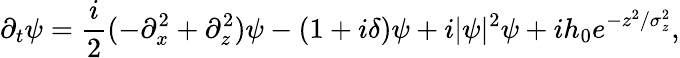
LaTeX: \partial_{t}\psi=\frac{i}{2}(-\partial_{x}^{2}+\partial_{z}^{2})\psi-(1+i\delta)\psi+i|\psi|^{2}\psi+ih_{0}e^{-z^{2}/\sigma_{z}^{2}},